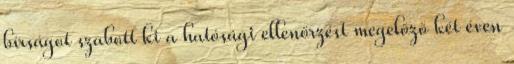
bírságot szabott ki a hatósági ellenőrzést megelőző két éven